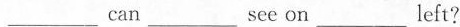
___ can ___ see on ___ left?